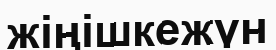
жіңішкежүн